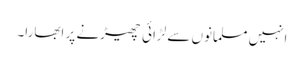
انہیں مسلمانوں سے لڑائی چھیڑنے پر ابھارا۔